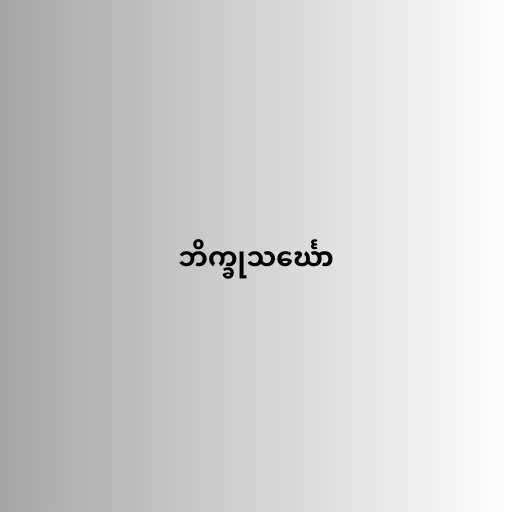
ဘိက္ခုသင်္ဃော